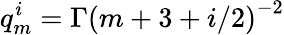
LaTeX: q_{m}^{i}=\Gamma\left(m+3+i/2\right)^{-2}